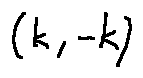
( k , - k )